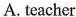
A.teacher